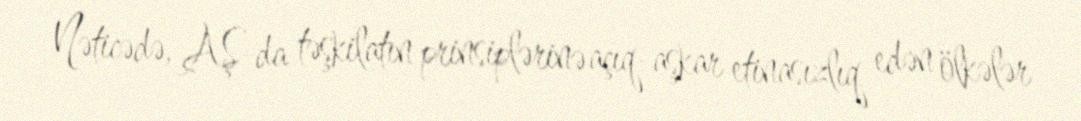
Nəticədə, AŞ-da təşkilatın prinsiplərinə açıq-aşkar etinasızlıq edən ölkələr